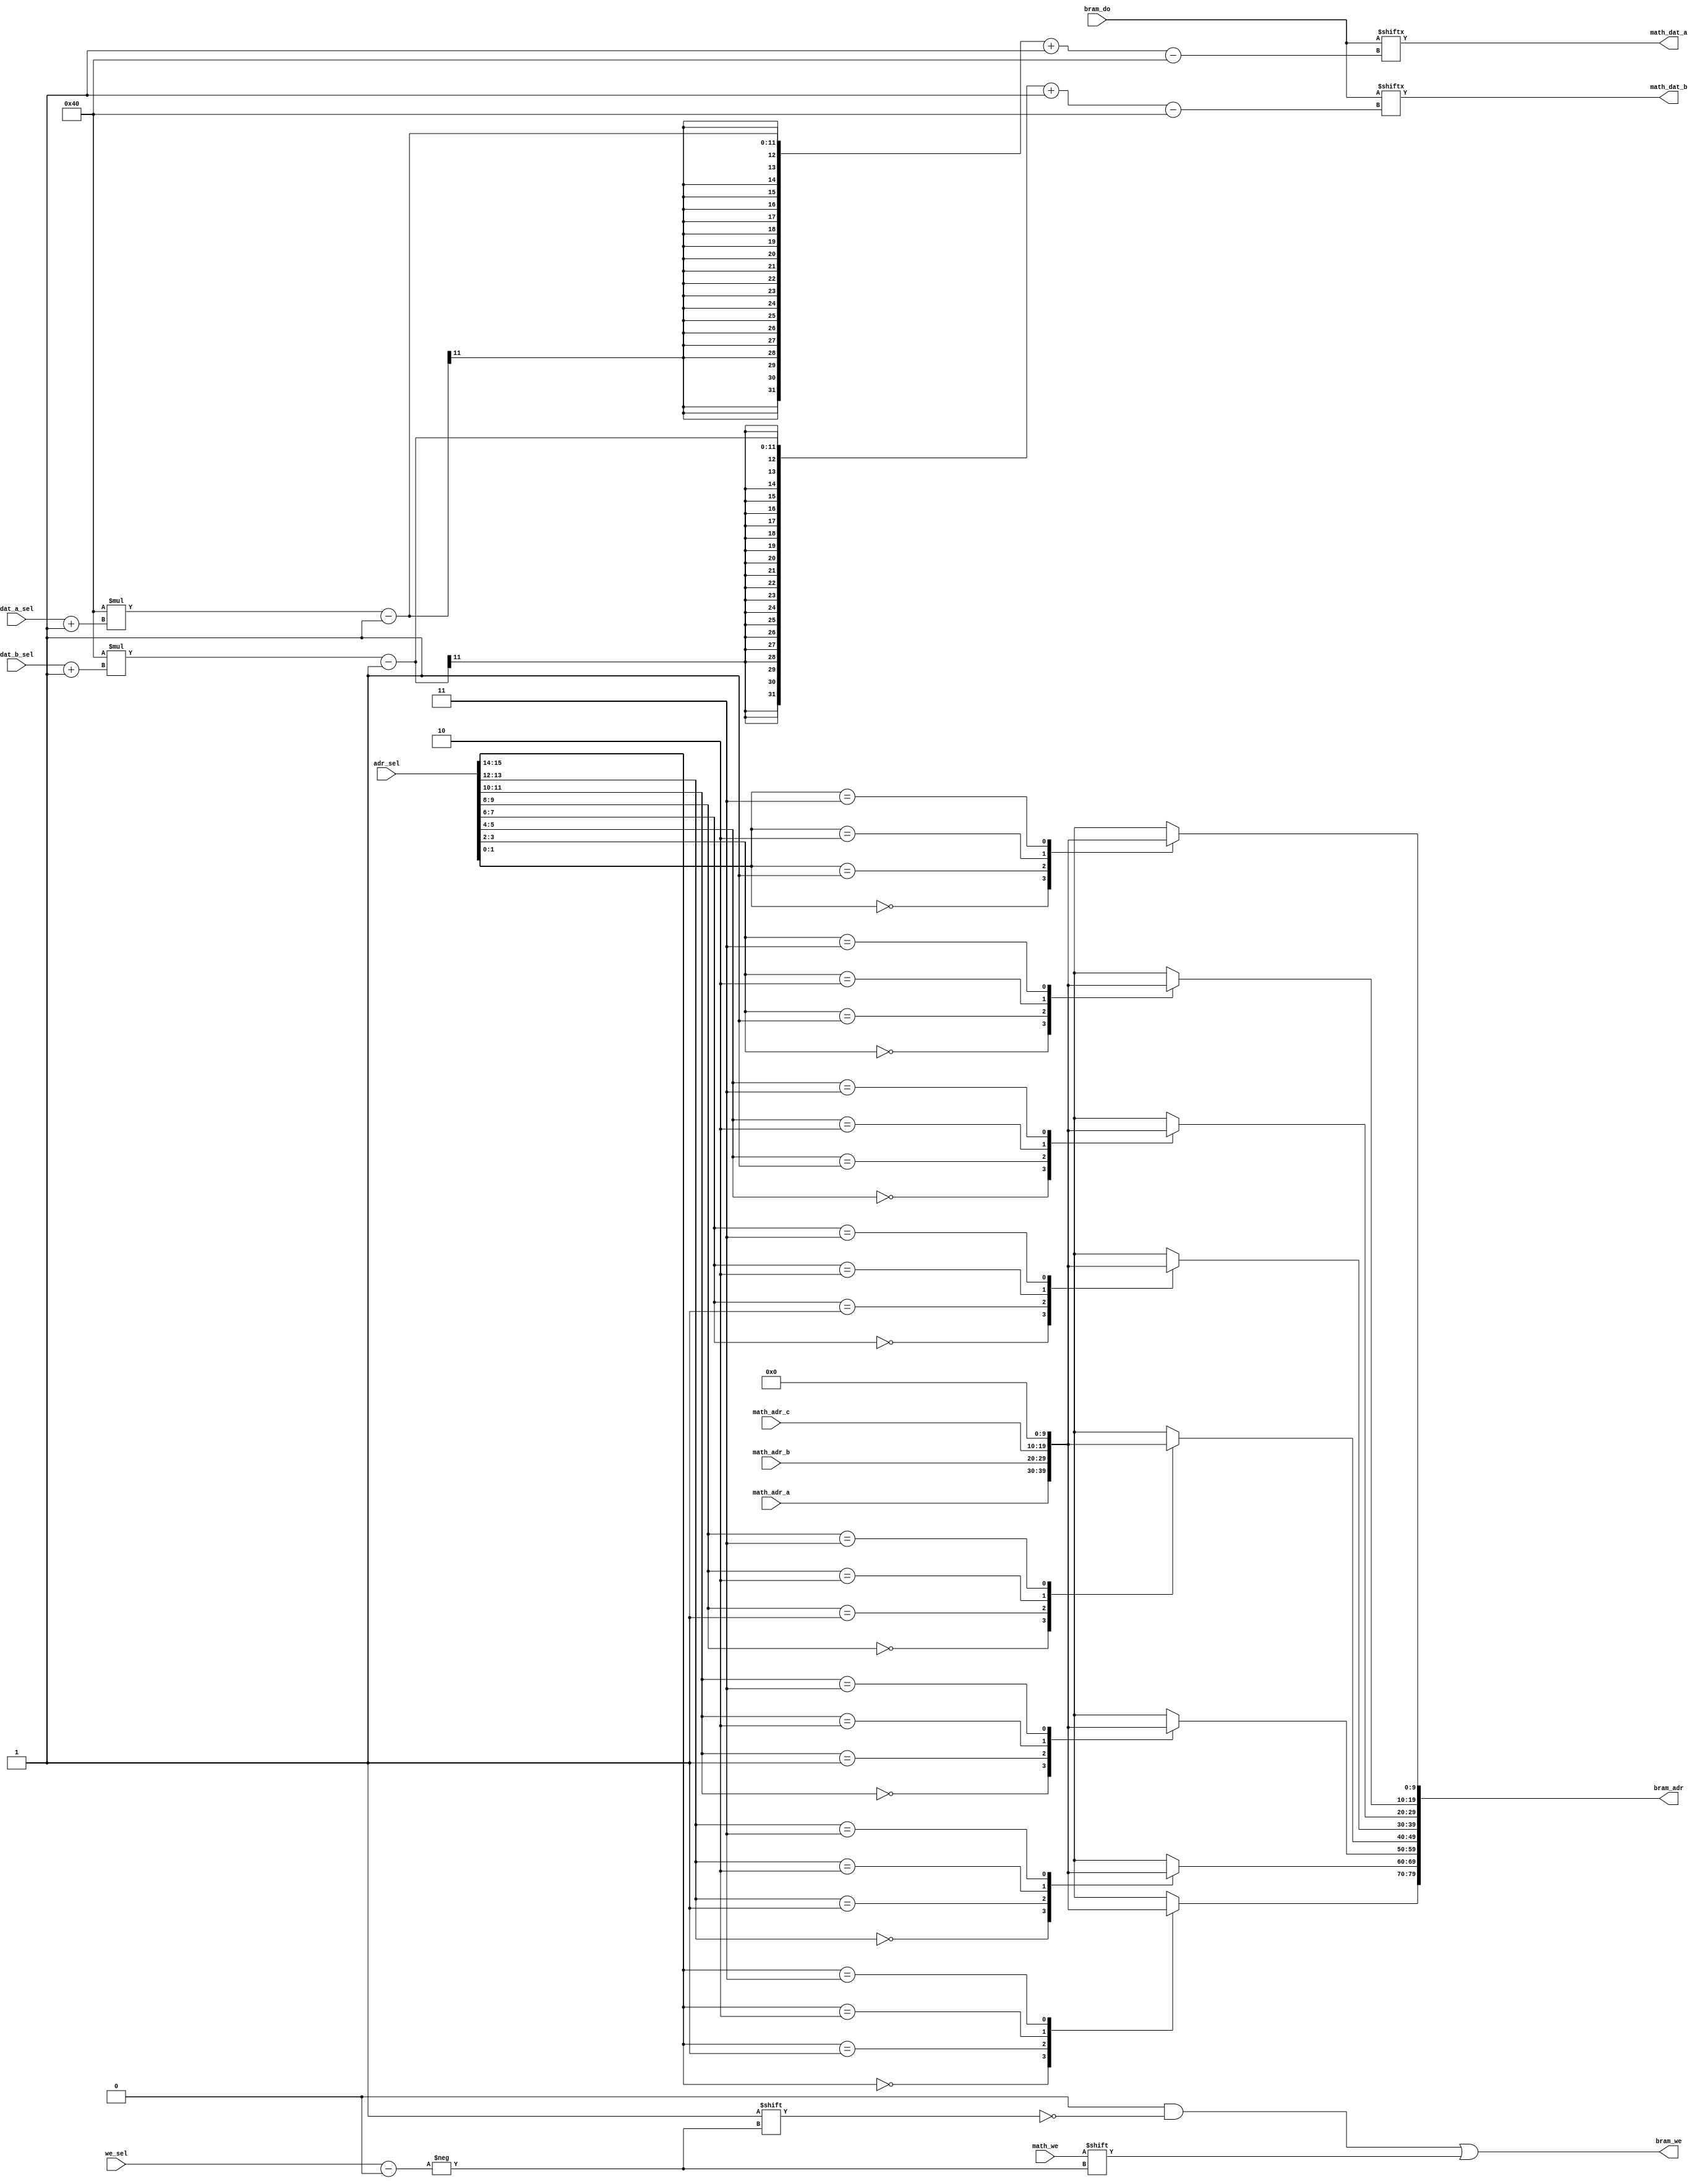

module brams_portb_router
  #(
    parameter BRAM_DW = 64,
    parameter BRAM_AW = 10,
    parameter BRAMS = 8
    )
  (
   // 4-to-8 mux
   input [BRAM_AW-1:0] math_adr_a,
   input [BRAM_AW-1:0] math_adr_b,
   input [BRAM_AW-1:0] math_adr_c,
   input [BRAMS*2-1:0] adr_sel, // a, b, c, zeros
   output reg [BRAMS*BRAM_AW-1:0] bram_adr,

   // 1-to-8 decoder
   input math_we,
   input [$clog2(BRAMS)-1:0] we_sel,
   output reg [BRAMS-1:0] bram_we,

   // 8-to-2 mux
   input [BRAMS*BRAM_DW-1:0] bram_do,
   input [$clog2(BRAMS)-1:0] dat_a_sel,
   input [$clog2(BRAMS)-1:0] dat_b_sel,
   output reg [BRAM_DW-1:0] math_dat_a,
   output reg [BRAM_DW-1:0] math_dat_b
   );

  integer 		    i;

  
  always @* // address
    for (i=0; i<BRAMS; i=i+1)
      case (adr_sel[2*(i+1)-1 -: 2])
	0: bram_adr[BRAM_AW*(i+1)-1 -: BRAM_AW] <= math_adr_a;
	1: bram_adr[BRAM_AW*(i+1)-1 -: BRAM_AW] <= math_adr_b;
	2: bram_adr[BRAM_AW*(i+1)-1 -: BRAM_AW] <= math_adr_c;
	3: bram_adr[BRAM_AW*(i+1)-1 -: BRAM_AW] <= 0;
      endcase
  

  always @* begin // WE
    bram_we <= 0;
    bram_we[we_sel] <= math_we;
  end
  

  always @* begin // data BRAM->MUL
    math_dat_a <= bram_do[BRAM_DW*(dat_a_sel+1)-1 -: BRAM_DW];
    math_dat_b <= bram_do[BRAM_DW*(dat_b_sel+1)-1 -: BRAM_DW];
  end
  
endmodule